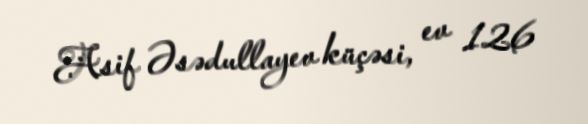
Asif Əsədullayev küçəsi, ev 126